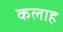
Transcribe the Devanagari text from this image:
कलाह